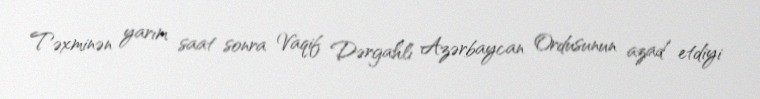
Təxminən yarım saat sonra Vaqif Dərgahlı Azərbaycan Ordusunun azad etdiyi